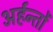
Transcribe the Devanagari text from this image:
अर्हन्तों